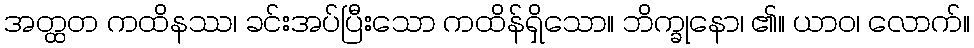
အတ္ထတ ကထိနဿ၊ ခင်းအပ်ပြီးသော ကထိန်ရှိသော။ ဘိက္ခုနော၊ ၏။ ယာဝ၊ လောက်။